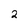
Character: 2